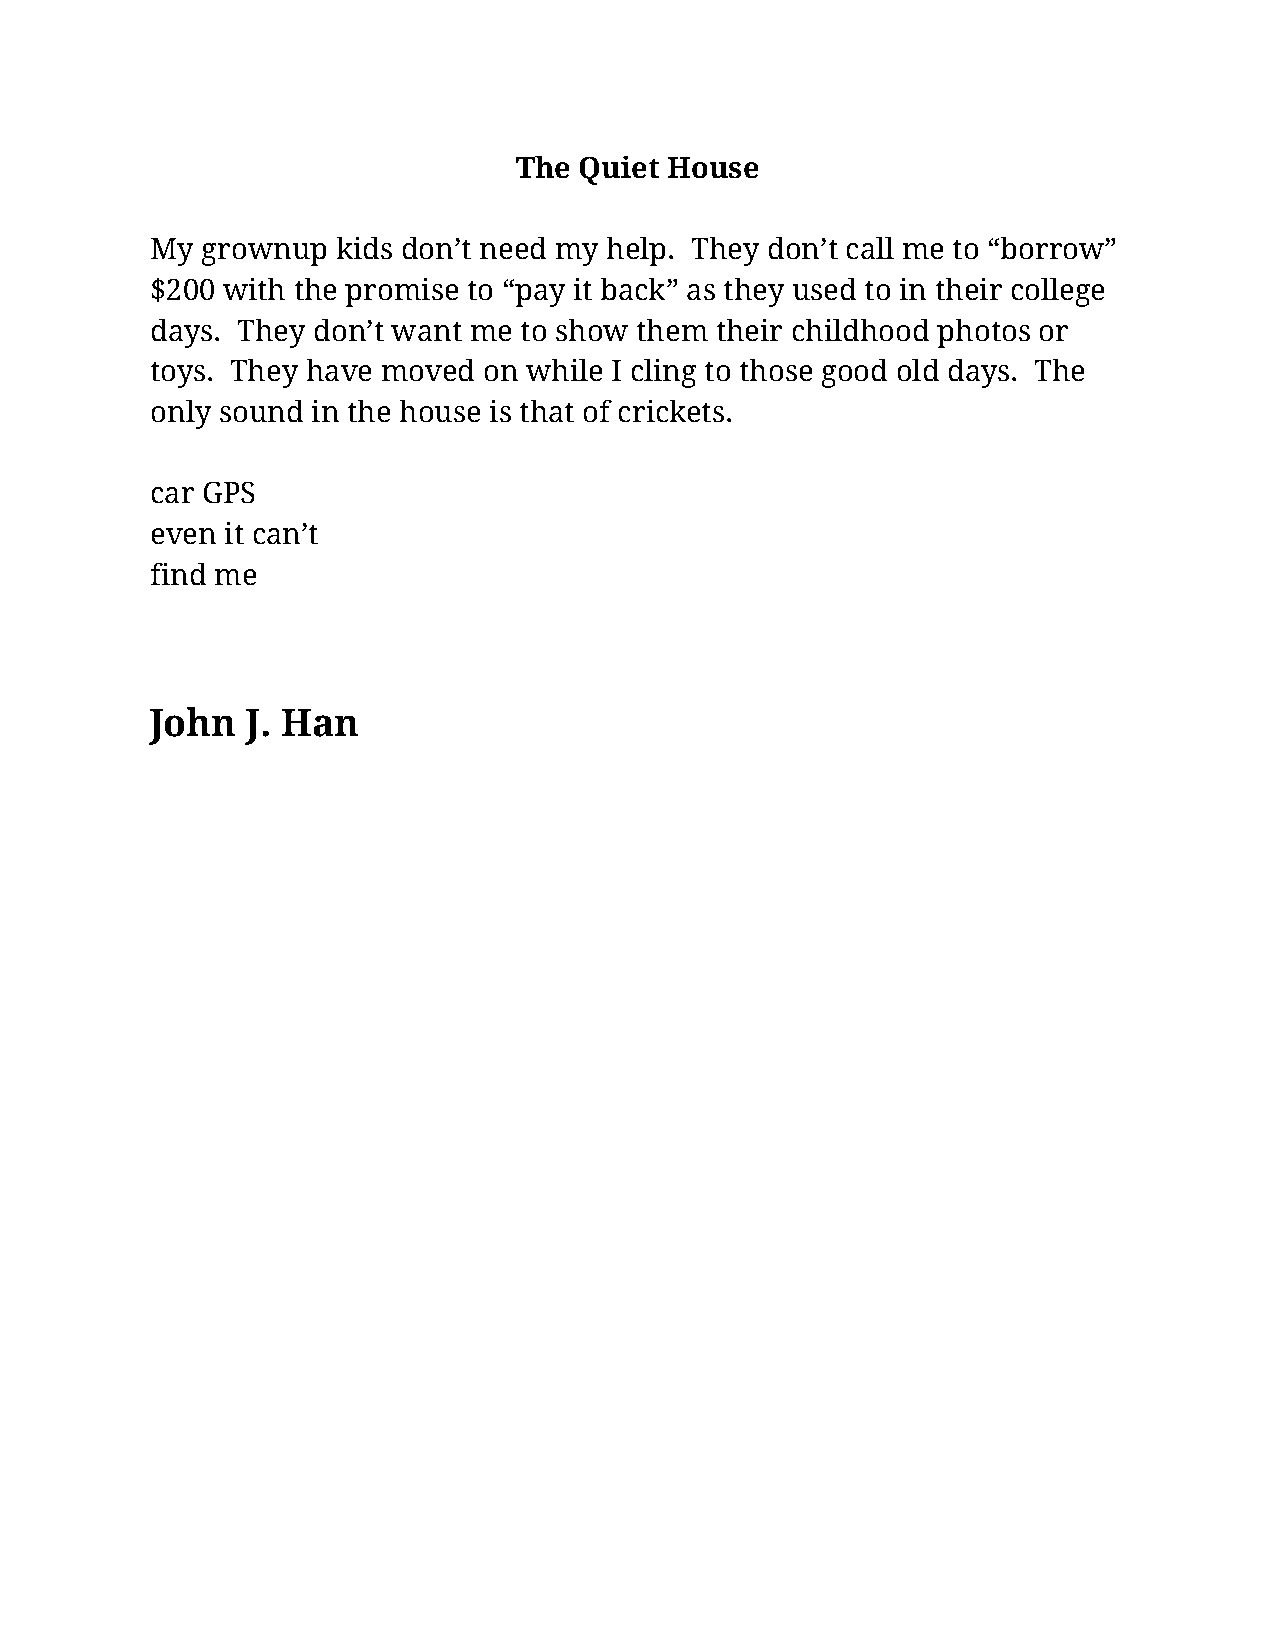
The Quiet House
 My grownup  kids don’t need my help. They don’t call me to “borrow”
 $200 with the promise to “pay it back” as they used to in their college
 days. They don’t want me to show them their childhood photos or
 toys. They have moved on while I cling to those good old days. The
 only sound in the house is that of crickets.
 car GPS
 even it can’t
 find me
 John  J. Han